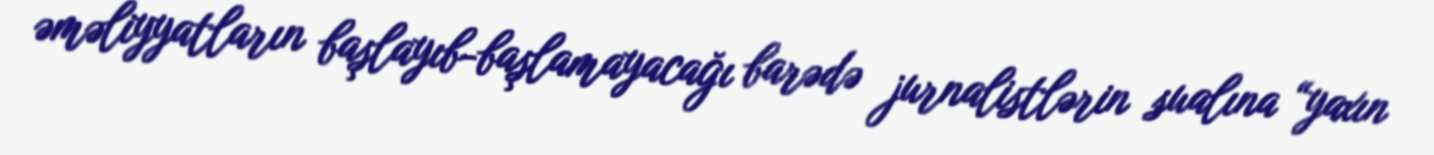
əməliyyatların başlayıb-başlamayacağı barədə jurnalistlərin sualına “yaxın